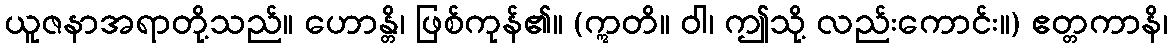
ယူဇနာအရာတို့သည်။ ဟောန္တိ၊ ဖြစ်ကုန်၏။ (ဣတိ။ ဝါ၊ ဤသို့ လည်းကောင်း။) ဧတ္တကာနိ၊